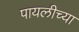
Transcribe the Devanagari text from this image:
पायलीच्या